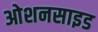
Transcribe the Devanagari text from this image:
ओशनसाइड